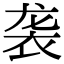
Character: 袭